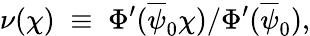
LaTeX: \nu(\chi)\; \equiv\; \Phi^{\prime}(\overline{{\psi}}_{0}\chi)/\Phi^{\prime}(\overline{{\psi}}_{0}),